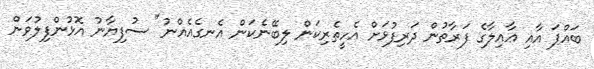
ބައްޕަ އާއި ޢާއިލާގެ ފަރާތުން ދަރިފުޅަށް އެހީތެރިކަން ލިބޭނެކަން އެނގެއެއްނު" ސުފިޔާނު އޮޅުންފިލުވަން